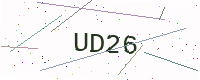
Text: UD26